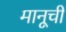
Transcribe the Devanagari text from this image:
मानूची